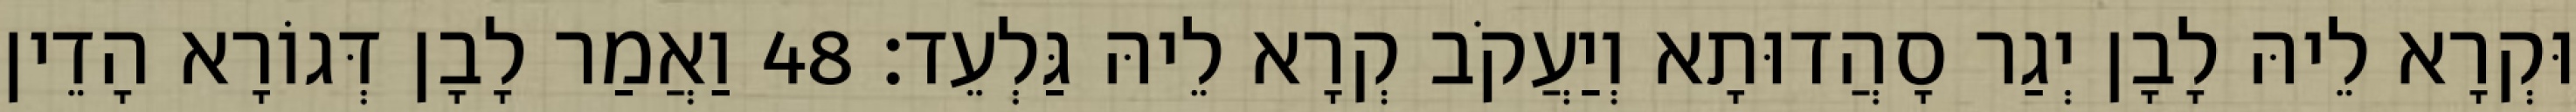
וּקְרָא לֵיהּ לָבָן יְגַר סָהֲדוּתָא וְיַעֲקֹב קְרָא לֵיהּ גַּלְעֵד׃ 48 וַאֲמַר לָבָן דְּגוֹרָא הָדֵין